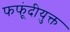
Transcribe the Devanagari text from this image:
फफूंदीयुक्त